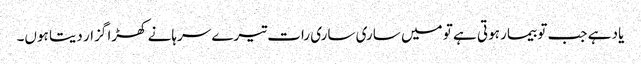
یاد ہے جب تو بیمار ہوتی ہے تو میں ساری ساری رات تیرے سرہانے کھڑا گزار دیتا ہوں۔